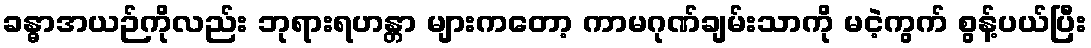
ခန္ဓာအယဉ်ကိုလည်း ဘုရားရဟန္တာ များကတော့ ကာမဂုဏ်ချမ်းသာကို မငဲ့ကွက် စွန့်ပယ်ပြီး